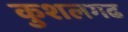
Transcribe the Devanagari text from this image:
कुशलगढ